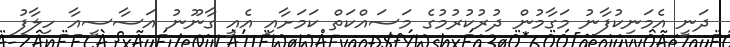
ދަނީ އެމަނިކުފާނު މަގާމުން ދުރުކުރުމުގެ މަސައްކަތް ކަމަށާއި އެއީ ގާނޫނު އަސާސީއާ ހިލާފު